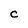
Character: C